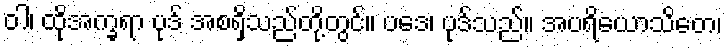
ဝါ၊ ထိုအက္ခရာ ပုဒ် အစရှိသည်တို့တွင်။ ပဒေ၊ ပုဒ်သည်။ အပရိယောသိတေ၊